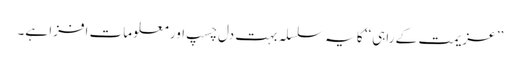
’’ عزیمت کے راہی‘‘ کا یہ سلسلہ بہت دل چسپ اور معلومات افزا ہے۔